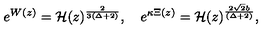
e ^ { W ( z ) } = { \cal H } ( z ) ^ { \frac { 2 } { 3 ( \Delta + 2 ) } } , \quad e ^ { \kappa \Xi ( z ) } = { \cal H } ( z ) ^ { \frac { 2 \sqrt { 2 } b } { ( \Delta + 2 ) } } ,